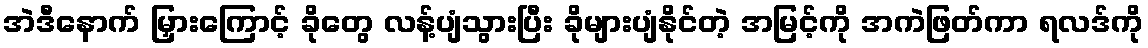
အဲဒီနောက် မြှားကြောင့် ခိုတွေ လန့်ပျံသွားပြီး ခိုများပျံနိုင်တဲ့ အမြင့်ကို အကဲဖြတ်ကာ ရလဒ်ကို